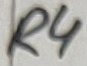
Text: R4